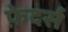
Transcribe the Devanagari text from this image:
फ़ेदर्स